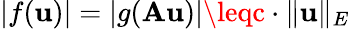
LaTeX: |f(\mathbf{u})|=|g(\mathbf{A}\mathbf{u})|\leqc\cdot\| \mathbf{u}\| _{E}